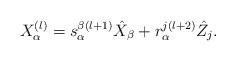
LaTeX: \begin{align*}X_\alpha^{(l)} = s_\alpha^{\beta(l+1)} \hat{X}_\beta + r_\alpha^{j(l+2)} \hat{Z}_j.\end{align*}